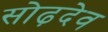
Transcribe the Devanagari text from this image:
सोढ़देव